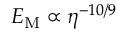
{ \cal E } _ { \mathrm { M } } \propto \eta ^ { - 1 0 / 9 }